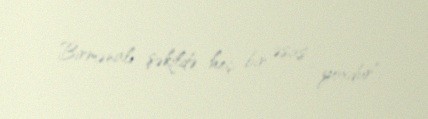
Birmənalı şəkildə heç bir əsas yoxdur”.